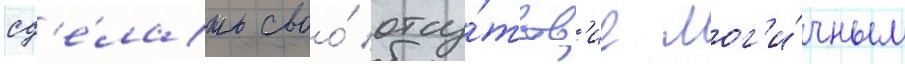
сд'е́лать своо́ отсу́тств'ие лог'и́чным